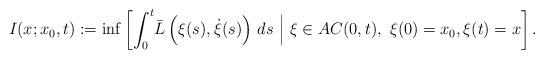
LaTeX: \begin{align*}I(x;x_0,t):= \inf\left[\int_0^t \! \bar{L}\left(\xi(s),\dot{\xi}(s)\right)\, ds \ \Big|\ \xi\in AC(0,t), \ \xi(0)=x_0, \xi(t)=x\right] .\end{align*}